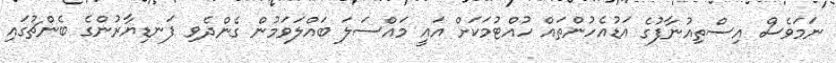
ނަމަވެސް އިސްތިއުނާފުގެ އަޑުއެހުންތައް ހުއްޓުމަކަށް އައީ މައްސަލަ ބައްލަވަމުން ގެންދެވި ފަނޑިޔާރުންގެ ބެންޗުގައި